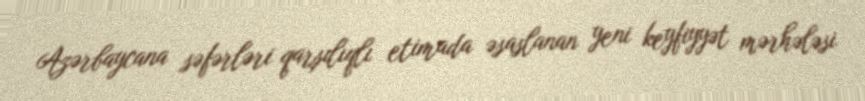
Azərbaycana səfərləri qarşılıqlı etimada əsaslanan yeni keyfiyyət mərhələsi